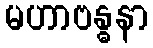
မဟာဗန္ဓနာ